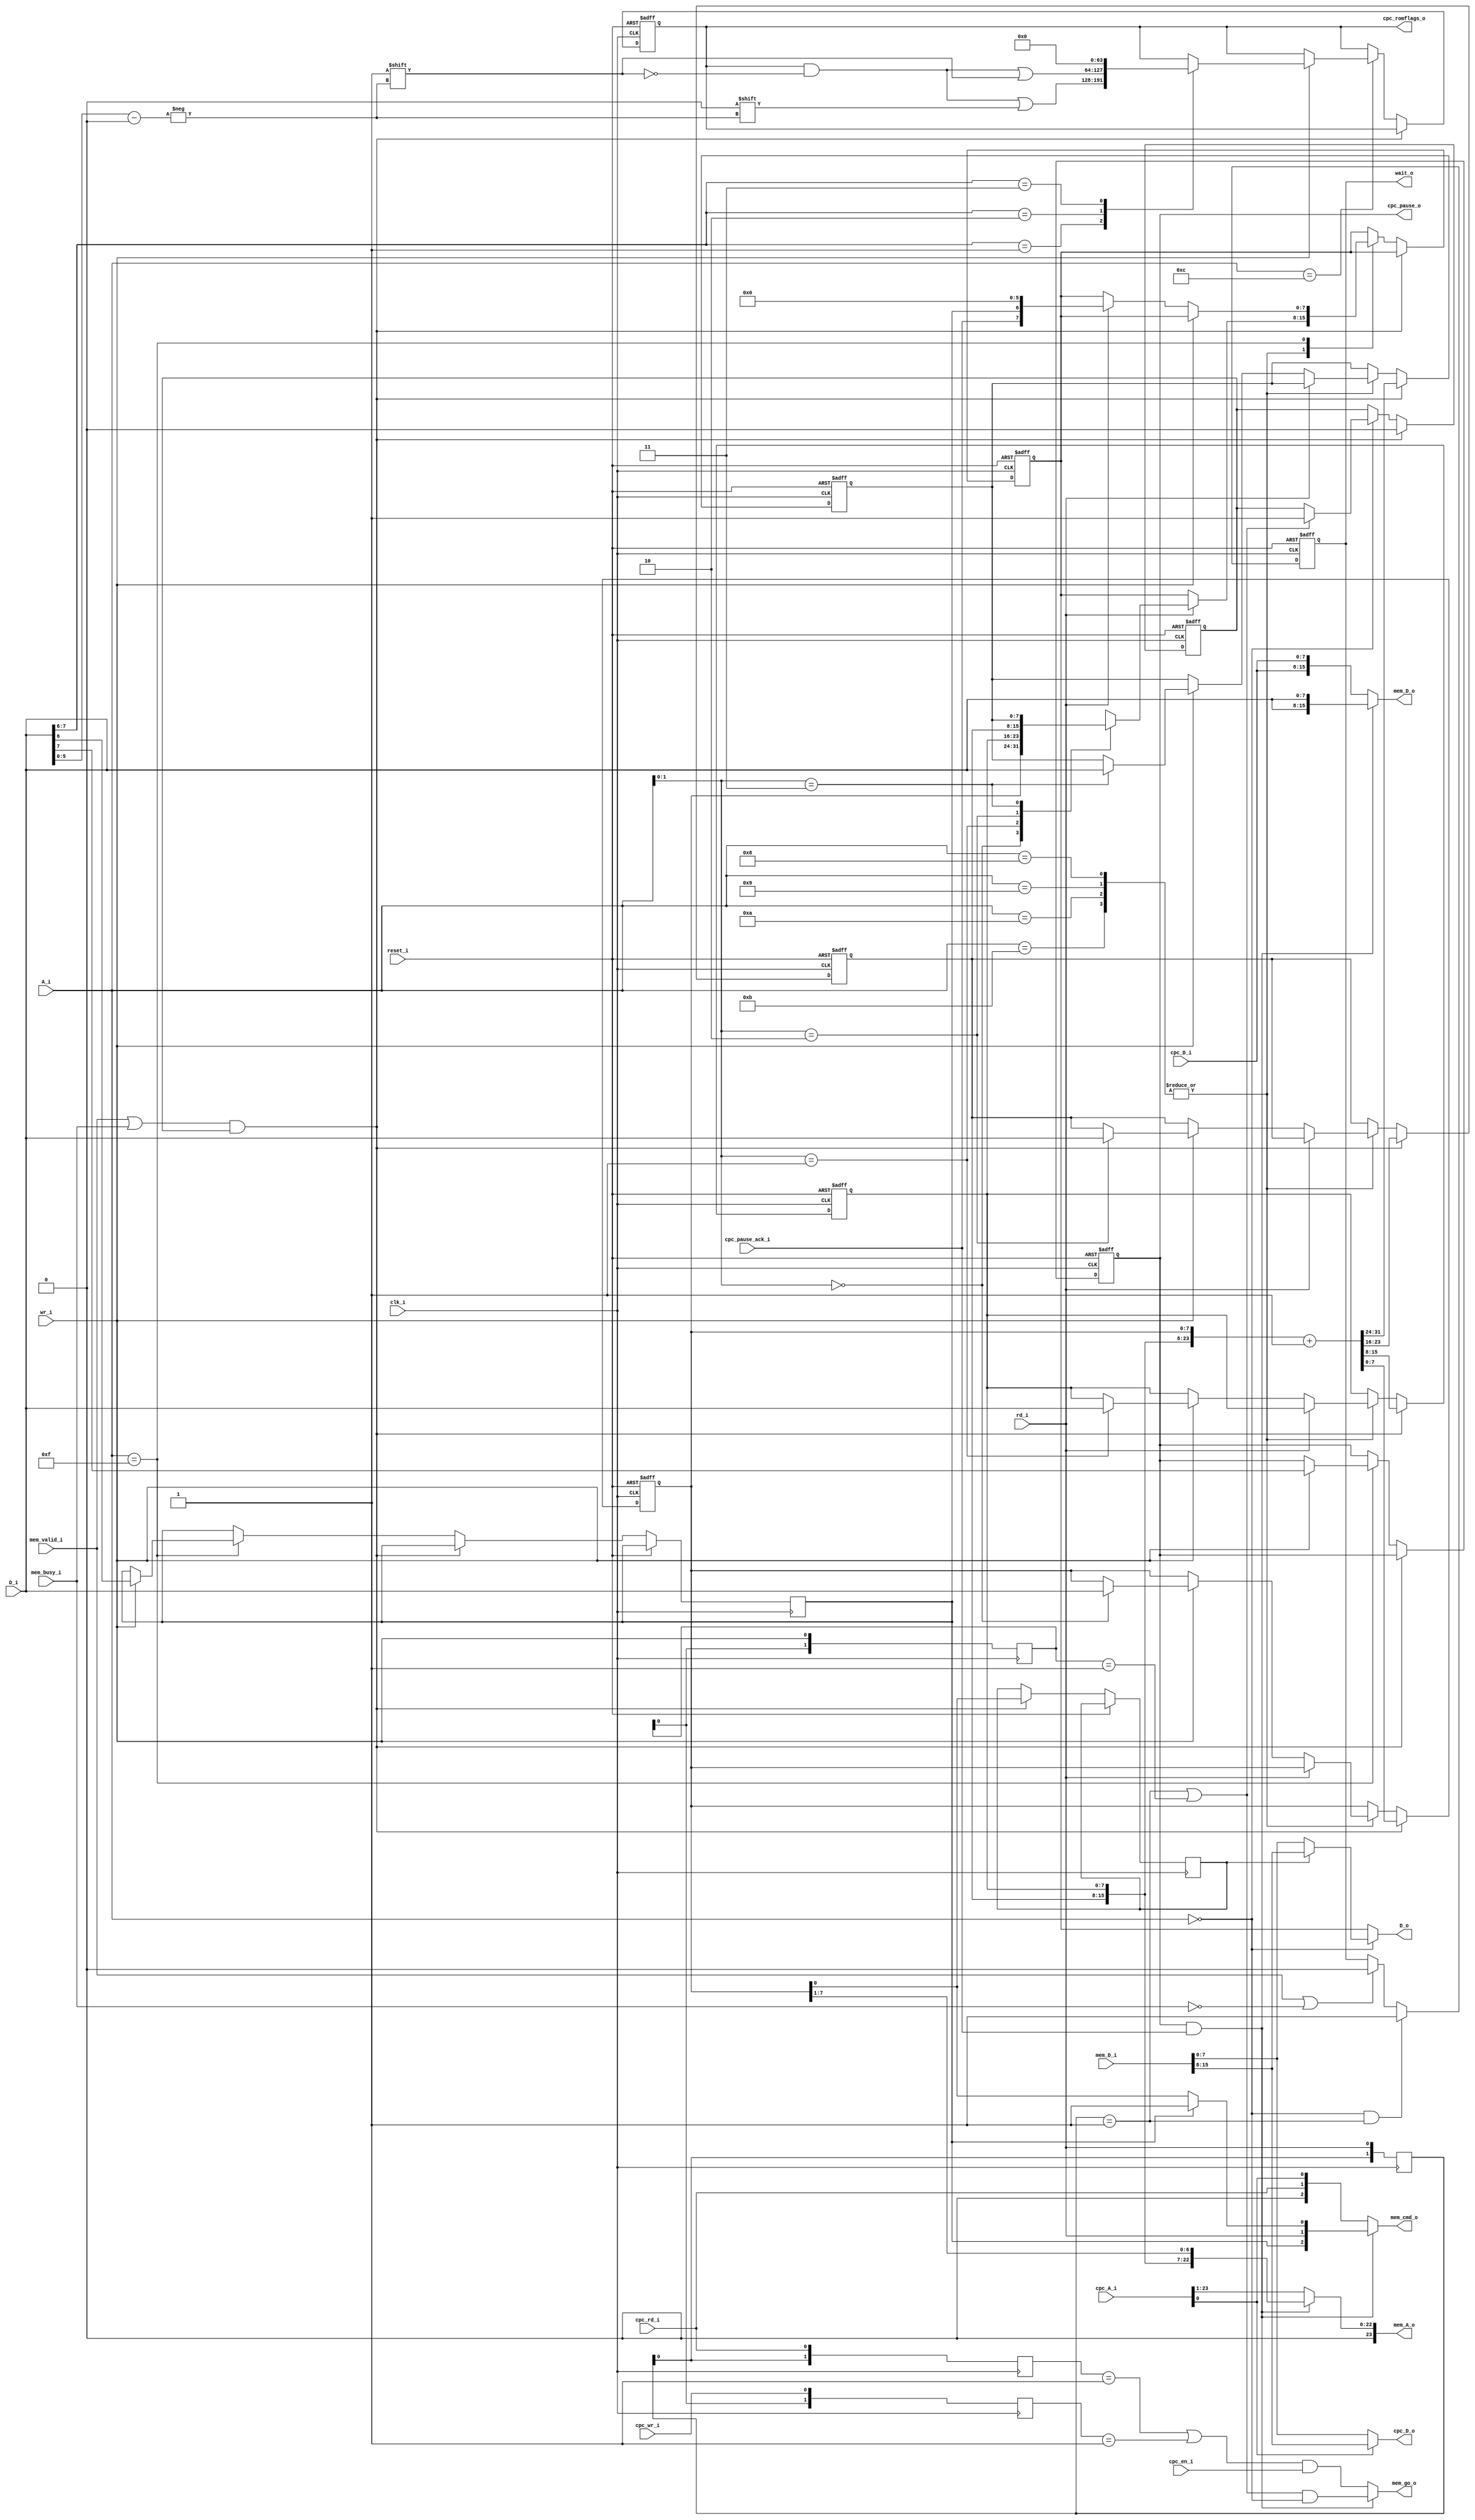
module sram_ctl (
	// Control signals
	input wire 			clk_i,
	input wire			reset_i,
	// Support Bus signals
	input wire [3:0]	A_i,
	input wire [7:0]	D_i,
	output wire [7:0]	D_o,
	input wire 			rd_i,
	input wire 			wr_i,
	output reg			wait_o,
	// Memory arbiter signals
	output reg			cpc_pause_o,
	input					cpc_pause_ack_i,
	// CPC Signals/RAMROM signals
	input wire [23:0]	cpc_A_i,
	input wire [7:0]	cpc_D_i,
	output wire [7:0]	cpc_D_o,
	input wire	 		cpc_en_i,
	input wire	 		cpc_rd_i,
	input wire	 		cpc_wr_i,
	output wire [63:0] cpc_romflags_o,
	// Memory signals
	output wire [23:0]	mem_A_o,
	input wire [15:0]		mem_D_i,
	output wire [15:0]	mem_D_o,
	output wire	 			mem_go_o,
	output wire	[2:0]		mem_cmd_o,
	input wire				mem_busy_i,
	input wire				mem_valid_i
	);
	// Wire definitions ===========================================================================
	wire rd_rise, wr_rise, crd_rise, cwr_rise, busy_rise;
	wire [7:0] support_data_snip;
	// Registers ==================================================================================
	reg [7:0]		A[0:3], DOUT = 8'd0;
	reg [1:0]		track_rd = 2'd0, track_wr = 2'd0, track_crd = 2'd0, track_cwr = 2'd0;
	reg 				control_ops = 1'd0;
	reg 				old_lsb = 1'b0, incr_address = 1'b0;
	reg [63:0]		romflags = 64'd0;
	// Assignments ================================================================================
	assign mem_A_o = (cpc_pause_o & cpc_pause_ack_i) ? {1'b0, A[2], A[1], A[0][7:1]} : {1'b0,cpc_A_i[23:1]};		// A multiplexor
	assign mem_D_o = (cpc_pause_o & cpc_pause_ack_i) ? {D_i,D_i} : {cpc_D_i,cpc_D_i};	// D multiplexor
	assign mem_go_o = (cpc_pause_o & cpc_pause_ack_i) ? 											// en multiplexor
									((rd_rise | wr_rise) & (A_i==4'd0)) :
									((crd_rise | cwr_rise) & cpc_en_i);
	assign mem_cmd_o = (cpc_pause_o & cpc_pause_ack_i) ? {control_ops, rd_i, control_ops ? 1'b1 : A[0][0]} : {1'b0, cpc_rd_i, cpc_A_i[0]};
	// CPC Output
	assign cpc_D_o = cpc_A_i[0] ? mem_D_i[15:8] : mem_D_i[7:0];
	// Snip the correct byte from the word returned from memory
	assign support_data_snip = (old_lsb ? mem_D_i[15:8] : mem_D_i[7:0]);
	// Switch between internal code and memory data
	assign D_o = (A_i == 4'd0) ? support_data_snip : DOUT;
	// Output the ROMFLAGS
	assign cpc_romflags_o = romflags;
	// Track rise
	assign rd_rise = (track_rd == 2'b01);
	assign wr_rise = (track_wr == 2'b01);
	assign crd_rise = (track_crd == 2'b01);
	assign cwr_rise = (track_cwr == 2'b01);
	// Wait signal when processing a txn, and data not yet valid
	//assign wait_o = incr_address & ~mem_valid_i;
	// Module connections =========================================================================
	// Simulation branches and control ============================================================
	// Core logic ================================================================================
	// Track rises
	always @(posedge clk_i) track_rd <= {track_rd[0],rd_i};
	always @(posedge clk_i) track_wr <= {track_wr[0],wr_i};
	always @(posedge clk_i) track_crd <= {track_rd[0],cpc_rd_i};
	always @(posedge clk_i) track_cwr <= {track_wr[0],cpc_wr_i};
	// Handle the IO bus signals
	always @(posedge clk_i or posedge reset_i)
	if( reset_i ) begin
		{A[3],A[2],A[1],A[0]} <= 32'd0;
		DOUT <= 8'd0;
		cpc_pause_o <= 1'b0;
		incr_address <= 1'b0;
		romflags <= 64'd0;
	end else begin
		// When controller accepted address, then increment address
		if( (mem_valid_i | mem_busy_i) & incr_address ) begin
			old_lsb <= A[0][0];
			{A[3],A[2],A[1],A[0]} <= {A[3],A[2],A[1],A[0]} + 1'b1;
			incr_address <= 1'b0;
		end
		else
		case( A_i )
			4'b0000 : begin
				// Trigger an update to the address is requested
				if( rd_rise | wr_rise ) incr_address <= 1'b1;
			end
			// Read/write the starting address
			4'b1000, 4'b1001, 4'b1010, 4'b1011 : begin
				if( rd_i ) DOUT <= A[A_i[1:0]];
				else
				if( wr_i ) A[A_i[1:0]] <= D_i;
			end
			// Not really an SRAM function, but manages the rom flags
			4'b1100 : begin
				if( wr_i ) case( D_i[7:6] )
					2'b01 : romflags[D_i[5:0]] <= 1'b0;		// Clear
					2'b10 : romflags[D_i[5:0]] <= 1'b1;		// Set
					2'b11 : romflags <= 64'd0;					// Flush ROMS
				endcase
			end
			// Control signals
			4'b1111 : begin
				if( wr_i ) begin
					cpc_pause_o <= D_i[7];
					control_ops <= D_i[6];
				end
				else
				if( rd_i ) DOUT <= {cpc_pause_ack_i,control_ops,6'd0};
			end
			default: ;
		endcase
	end
	// Manage WAIT signal
	always @(posedge clk_i or posedge reset_i)
	if( reset_i ) wait_o <= 1'b0;
	else begin
		if( ( A_i == 4'd0 ) && (rd_rise/*|wr_rise*/) ) wait_o <= 1'b1;
		else if( mem_valid_i | ~mem_busy_i ) wait_o <= 1'b0;
	end
endmodule